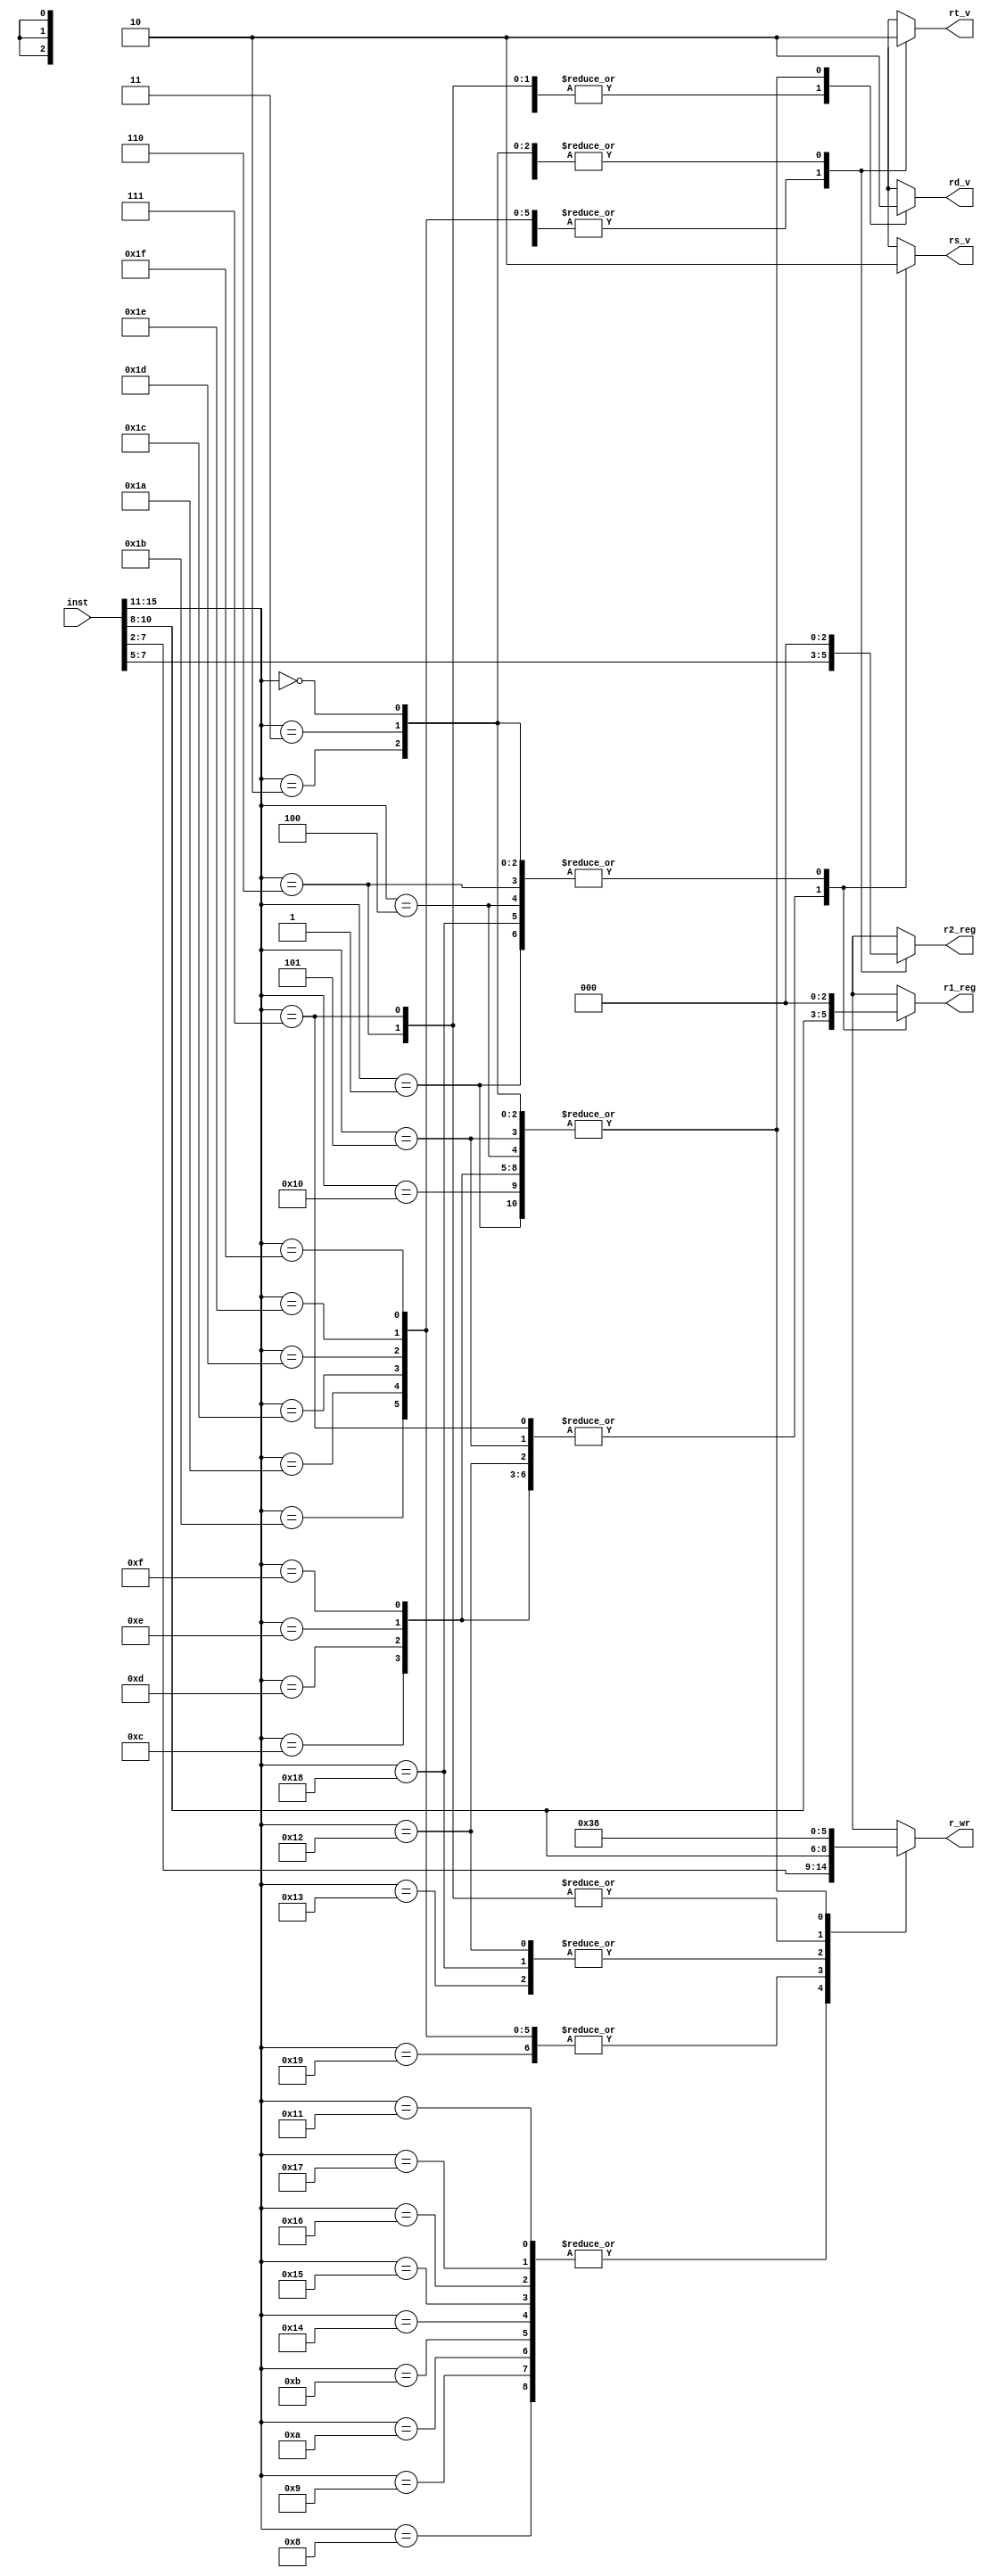
/* Author: Yunhe Liu & Wenxuan Mao
 * Team: MacroHard
 * This is the instruction decoder for our processor.
 */
module reg_control(
	//outputs
    rs_v,
    rt_v,
    rd_v,
    r1_reg,
    r2_reg,
    r_wr,

	//input
	inst
);

    output reg rs_v;
    output reg rt_v;
    output reg rd_v;
    output reg [2:0] r1_reg;
    output reg [2:0] r2_reg;
    output reg [2:0] r_wr;

	input [15:0] inst;

	//multiple statement
	always @ *
	begin
        rs_v = 1'b0;
        rt_v = 1'b0;
        rd_v = 1'b0;

        r1_reg = 3'b000;
        r2_reg = 3'b000;
        r_wr = 3'b000;

		case(inst[15:11])
			5'b00000 : //TODO - HALT_1/38
			begin	
                rs_v = 1'b0;
                rt_v = 1'b0;
                rd_v = 1'b0;

                r1_reg = 3'b000;
                r2_reg = 3'b000;
                r_wr = 3'b000;
			end

			5'b00001 : //TODO - NOP_2/38
			begin
                rs_v = 1'b0;
                rt_v = 1'b0;
                rd_v = 1'b0;

                r1_reg = 3'b000;
                r2_reg = 3'b000;
                r_wr = 3'b000;
			end

			5'b01000 : //ADDI_3/38
			begin
                rs_v = 1'b1;
                rt_v = 1'b0;
                rd_v = 1'b1;

                r1_reg = inst[10:8];
                r2_reg = 3'b000;
                r_wr = inst[7:5];
			end

			5'b01001 : //SUBI_4/38
			begin
                rs_v = 1'b1;
                rt_v = 1'b0;
                rd_v = 1'b1;

                r1_reg = inst[10:8];
                r2_reg = 3'b000;
                r_wr = inst[7:5];
			end

			5'b01010 : //XOR1_5/38
			begin
                rs_v = 1'b1;
                rt_v = 1'b0;
                rd_v = 1'b1;

                r1_reg = inst[10:8];
                r2_reg = 3'b000;
                r_wr = inst[7:5];
			end

			5'b01011 : //ANDNI_6/38
			begin
                rs_v = 1'b1;
                rt_v = 1'b0;
                rd_v = 1'b1;

                r1_reg = inst[10:8];
                r2_reg = 3'b000;
                r_wr = inst[7:5];
			end

			5'b10100 : //ROLI_7/38
			begin
                rs_v = 1'b1;
                rt_v = 1'b0;
                rd_v = 1'b1;

                r1_reg = inst[10:8];
                r2_reg = 3'b000;
                r_wr = inst[7:5];
			end

			5'b10101 : //SLLI_8/38
			begin
                rs_v = 1'b1;
                rt_v = 1'b0;
                rd_v = 1'b1;

                r1_reg = inst[10:8];
                r2_reg = 3'b000;
                r_wr = inst[7:5];
			end

			5'b10110 : //RORI_9/38
			begin
                rs_v = 1'b1;
                rt_v = 1'b0;
                rd_v = 1'b1;

                r1_reg = inst[10:8];
                r2_reg = 3'b000;
                r_wr = inst[7:5];
			end

			5'b10111 : //SRLI_10/38
			begin
                rs_v = 1'b1;
                rt_v = 1'b0;
                rd_v = 1'b1;

                r1_reg = inst[10:8];
                r2_reg = 3'b000;
                r_wr = inst[7:5];
			end

			5'b10000 : //ST_11/38
			begin
                rs_v = 1'b1;
                rt_v = 1'b1;
                rd_v = 1'b0;

                r1_reg = inst[10:8];
                r2_reg = inst[7:5];
                r_wr = 3'b000;
			end

			5'b10001 : //LD_12/38
			begin
                rs_v = 1'b1;
                rt_v = 1'b0;
                rd_v = 1'b1;

                r1_reg = inst[10:8];
                r2_reg = 3'b000;
                r_wr = inst[7:5];

			end

			5'b10011 : //STU_13/38
			begin	
                rs_v = 1'b1;
                rt_v = 1'b1;
                rd_v = 1'b1;

                r1_reg = inst[10:8];
                r2_reg = inst[7:5];
                r_wr = inst[10:8];
			end

			5'b11001 : //BTR_14/38 -TODO
			begin	
                rs_v = 1'b1;
                rt_v = 1'b0;
                rd_v = 1'b1;

                r1_reg = inst[10:8];
                r2_reg = 3'b000;
                r_wr = inst[4:2];
			end

			5'b11011 : //ADD,SUB,XOR,ANDN_15-18/38
			begin	
                rs_v = 1'b1;
                rt_v = 1'b1;
                rd_v = 1'b1;

                r1_reg = inst[10:8];
                r2_reg = inst[7:5];
                r_wr = inst[4:2];
			end

			5'b11010 : //ROL,SLL,ROR,SRL_19-22/38
			begin	
                rs_v = 1'b1;
                rt_v = 1'b1;
                rd_v = 1'b1;

                r1_reg = inst[10:8];
                r2_reg = inst[7:5];
                r_wr = inst[4:2];
			end

			5'b11100 : //SEQ_23/38
			begin	
                rs_v = 1'b1;
                rt_v = 1'b1;
                rd_v = 1'b1;

                r1_reg = inst[10:8];
                r2_reg = inst[7:5];
                r_wr = inst[4:2];
			end

			5'b11101 : //SLT_24/38
			begin	
                rs_v = 1'b1;
                rt_v = 1'b1;
                rd_v = 1'b1;

                r1_reg = inst[10:8];
                r2_reg = inst[7:5];
                r_wr = inst[4:2];
			end

			5'b11110 : //SLE_25/38
			begin	
                rs_v = 1'b1;
                rt_v = 1'b1;
                rd_v = 1'b1;

                r1_reg = inst[10:8];
                r2_reg = inst[7:5];
                r_wr = inst[4:2];
			end

			5'b11111 : //SCO_26/38
			begin	
                rs_v = 1'b1;
                rt_v = 1'b1;
                rd_v = 1'b1;

                r1_reg = inst[10:8];
                r2_reg = inst[7:5];
                r_wr = inst[4:2];
			end

			5'b01100 : //BEQZ_27/38
			begin	
                rs_v = 1'b1;
                rt_v = 1'b0;
                rd_v = 1'b0;

                r1_reg = inst[10:8];
                r2_reg = 3'b000;
                r_wr = 3'b000;
			end

			5'b01101 : //BNEZ_28/38
			begin	
                rs_v = 1'b1;
                rt_v = 1'b0;
                rd_v = 1'b0;

                r1_reg = inst[10:8];
                r2_reg = 3'b000;
                r_wr = 3'b000;
			end

			5'b01110 : //BLTZ_29/38
			begin	
                rs_v = 1'b1;
                rt_v = 1'b0;
                rd_v = 1'b0;

                r1_reg = inst[10:8];
                r2_reg = 3'b000;
                r_wr = 3'b000;
			end

			5'b01111 : //BGEZ_30/38
			begin	
                rs_v = 1'b1;
                rt_v = 1'b0;
                rd_v = 1'b0;

                r1_reg = inst[10:8];
                r2_reg = 3'b000;
                r_wr = 3'b000;
			end

			5'b11000 : //LBI_31/38
			begin	
                rs_v = 1'b0;
                rt_v = 1'b0;
                rd_v = 1'b1;

                r1_reg = 3'b000;
                r2_reg = 3'b000;
                r_wr = inst[10:8];
			end

			5'b10010 : //SLBI_32/38
			begin	
                rs_v = 1'b1;
                rt_v = 1'b0;
                rd_v = 1'b1;

                r1_reg = inst[10:8];
                r2_reg = 3'b000;
                r_wr = inst[10:8];
			end

			5'b00100 : //J_33/38
			begin	
                rs_v = 1'b0;
                rt_v = 1'b0;
                rd_v = 1'b0;

                r1_reg = 3'b000;
                r2_reg = 3'b000;
                r_wr = 3'b000;
			end

			5'b00101 : //JR_34/38
			begin	
                rs_v = 1'b1;
                rt_v = 1'b0;
                rd_v = 1'b0;

                r1_reg = inst[10:8];
                r2_reg = 3'b000;
                r_wr = 3'b000;
			end

			5'b00110 : //JAL_35/38
			begin	
                rs_v = 1'b0;
                rt_v = 1'b0;
                rd_v = 1'b1;

                r1_reg = 3'b000;
                r2_reg = 3'b000;
                r_wr = 3'b111;
			end

			5'b00111 : //JALR_36/38
			begin	
                rs_v = 1'b1;
                rt_v = 1'b0;
                rd_v = 1'b1;

                r1_reg = inst[10:8];
                r2_reg = 3'b000;
                r_wr = 3'b111;
			end

			5'b00010 : //TODO - siic Rs_37/38
			begin	

			end

			5'b00011 : //TODO - NOP/RTI_38/38
			begin	

			end
		
			default: //TODO
			begin	
                rs_v = 1'b0;
                rt_v = 1'b0;
                rd_v = 1'b0;

                r1_reg = 3'b000;
                r2_reg = 3'b000;
                r_wr = 3'b000;
			end
	
		endcase
	end
	
endmodule